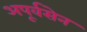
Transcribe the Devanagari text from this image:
अपूर्वसेन